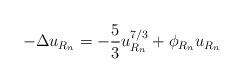
LaTeX: \begin{align*}- \Delta u_{R_{n}} &= -\frac{5}{3} u_{R_{n}}^{7/3} + \phi_{R_{n}} u_{R_{n}}\end{align*}